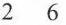
2 6